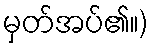
မှတ်အပ်၏။)